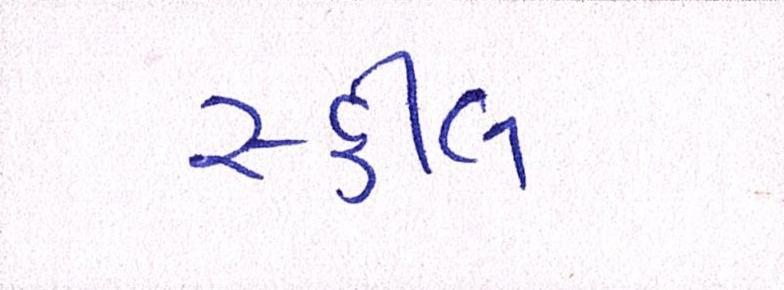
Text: સ્કીલ